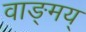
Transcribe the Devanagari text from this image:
वाङ्मय्